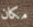
مكان